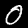
Digit: 0